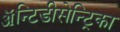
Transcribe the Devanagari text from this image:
ॲन्टिडीसेन्ट्रिका